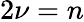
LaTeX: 2\nu=n